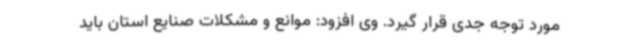
مورد توجه جدی قرار گیرد. وی افزود: موانع و مشکلات صنایع استان باید